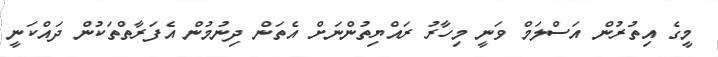
މީގެ އިތުރުން އަސްލަމް ވަނީ މިހާރު ރައްޔިތުންްނަށް އެތަން ދިނުމުން އެފަރާތްތަކުން ދައްކަނީ